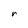
Character: r